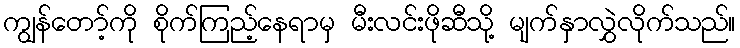
ကျွန်တော့်ကို စိုက်ကြည့်နေရာမှ မီးလင်းဖိုဆီသို့ မျက်နှာလွှဲလိုက်သည်။